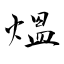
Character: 熅